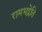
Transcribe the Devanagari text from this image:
रामभद्रेति